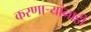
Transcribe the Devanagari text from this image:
करणाऱ्यांनाही